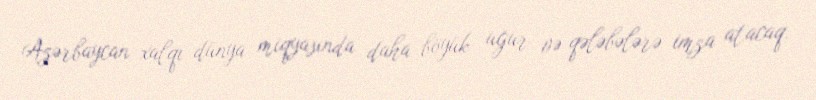
Azərbaycan xalqı dünya miqyasında daha böyük uğur və qələbələrə imza atacaq.